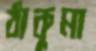
ঠাকুমা